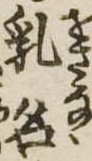
乳名